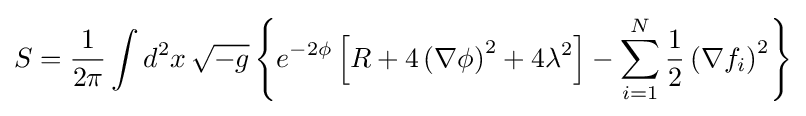
S={\frac {1}{2\pi }}\int d^{2}x\,{\sqrt {-g}}\left\{e^{-2\phi }\left[R+4\left(\nabla \phi \right)^{2}+4\lambda ^{2}\right]-\sum _{i=1}^{N}{\frac {1}{2}}\left(\nabla f_{i}\right)^{2}\right\}